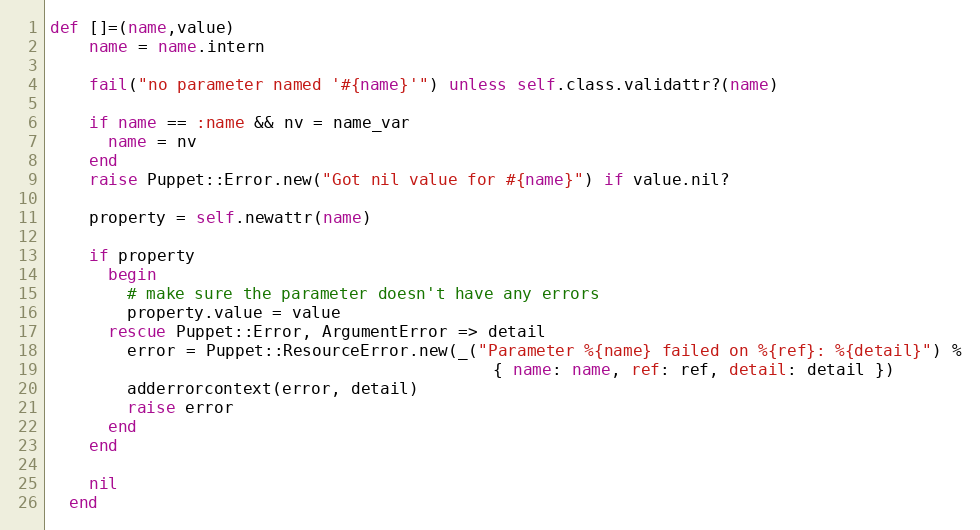
Language: Ruby
def []=(name,value)
    name = name.intern

    fail("no parameter named '#{name}'") unless self.class.validattr?(name)

    if name == :name && nv = name_var
      name = nv
    end
    raise Puppet::Error.new("Got nil value for #{name}") if value.nil?

    property = self.newattr(name)

    if property
      begin
        # make sure the parameter doesn't have any errors
        property.value = value
      rescue Puppet::Error, ArgumentError => detail
        error = Puppet::ResourceError.new(_("Parameter %{name} failed on %{ref}: %{detail}") %
                                              { name: name, ref: ref, detail: detail })
        adderrorcontext(error, detail)
        raise error
      end
    end

    nil
  end